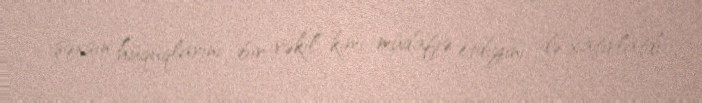
şəxsin hüquqlarını bir vəkil kimi müdafiə etdiyini də xatırlatdı.